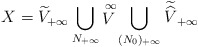
\begin{align*} X=\widetilde{V}_{+\infty}\bigcup_{N_{+\infty}}\mathop{V}\limits^{\infty}\bigcup_{(N_0)_{+\infty}}\widetilde{\widehat{V}}_{+\infty}\end{align*}